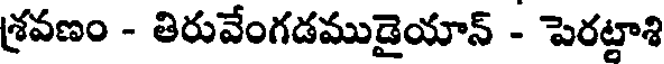
శ్రవణం - తిరువేంగడముడైయాన్ - పెరట్టాశి